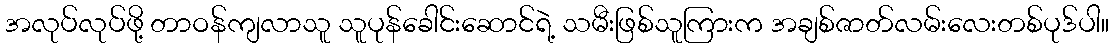
အလုပ်လုပ်ဖို့ တာဝန်ကျလာသူ သူပုန်ခေါင်းဆောင်ရဲ့ သမီးဖြစ်သူကြားက အချစ်ဇာတ်လမ်းလေးတစ်ပုဒ်ပါ။